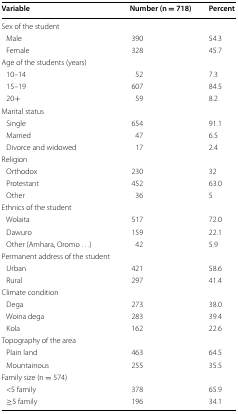
<table><thead><tr><td><b>Variable</b></td><td><b>Number (n = 718)</b></td><td><b>Percent</b></td></tr></thead><tbody><tr><td colspan="3">Sex of the student</td></tr><tr><td> Male</td><td>390</td><td>54.3</td></tr><tr><td> Female</td><td>328</td><td>45.7</td></tr><tr><td colspan="3">Age of the students (years)</td></tr><tr><td> 10–14</td><td>52</td><td>7.3</td></tr><tr><td> 15–19</td><td>607</td><td>84.5</td></tr><tr><td> 20+</td><td>59</td><td>8.2</td></tr><tr><td colspan="3">Marital status</td></tr><tr><td> Single</td><td>654</td><td>91.1</td></tr><tr><td> Married</td><td>47</td><td>6.5</td></tr><tr><td> Divorce and widowed</td><td>17</td><td>2.4</td></tr><tr><td colspan="3">Religion</td></tr><tr><td> Orthodox</td><td>230</td><td>32</td></tr><tr><td> Protestant</td><td>452</td><td>63.0</td></tr><tr><td> Other</td><td>36</td><td>5</td></tr><tr><td colspan="3">Ethnics of the student</td></tr><tr><td> Wolaita</td><td>517</td><td>72.0</td></tr><tr><td> Dawuro</td><td>159</td><td>22.1</td></tr><tr><td> Other (Amhara, Oromo ...)</td><td>42</td><td>5.9</td></tr><tr><td colspan="3">Permanent address of the student</td></tr><tr><td> Urban</td><td>421</td><td>58.6</td></tr><tr><td> Rural</td><td>297</td><td>41.4</td></tr><tr><td colspan="3">Climate condition</td></tr><tr><td> Dega</td><td>273</td><td>38.0</td></tr><tr><td> Woina dega</td><td>283</td><td>39.4</td></tr><tr><td> Kola</td><td>162</td><td>22.6</td></tr><tr><td colspan="3">Topography of the area</td></tr><tr><td> Plain land</td><td>463</td><td>64.5</td></tr><tr><td> Mountainous</td><td>255</td><td>35.5</td></tr><tr><td colspan="3">Family size (n = 574)</td></tr><tr><td> &lt;5 family</td><td>378</td><td>65.9</td></tr><tr><td> ≥5 family</td><td>196 </td><td>34.1 </td></tr></tbody></table>